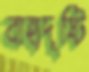
বাহ্যদৃষ্টি